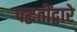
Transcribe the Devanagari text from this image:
पद्धतींद्वारे